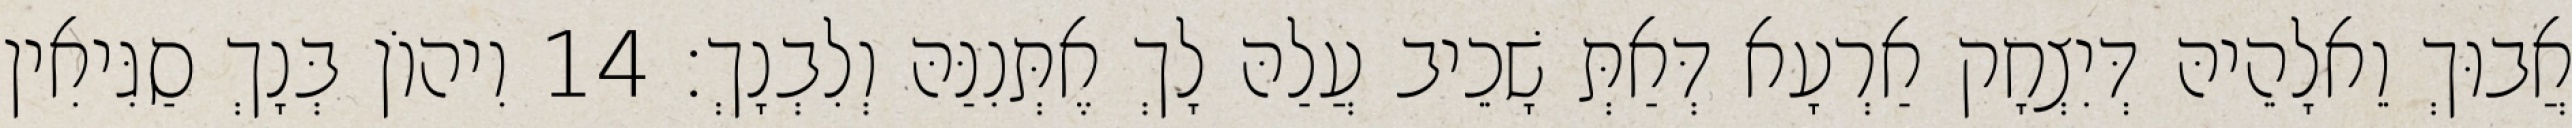
אֲבוּךְ וֵאלָהֵיהּ דְּיִצְחָק אַרְעָא דְּאַתְּ שָׁכֵיב עֲלַהּ לָךְ אֶתְּנִנַּהּ וְלִבְנָךְ׃ 14 וִיהוֹן בְּנָךְ סַגִּיאִין